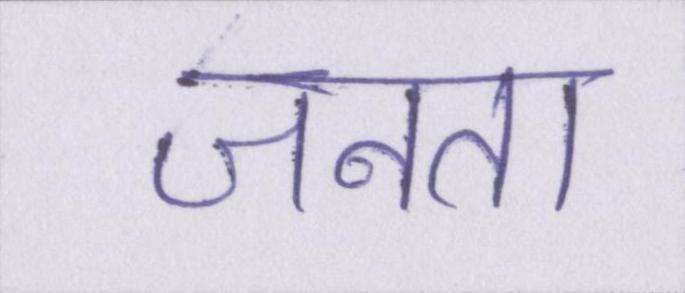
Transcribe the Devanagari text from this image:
जनता